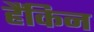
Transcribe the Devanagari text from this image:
हैंकिन